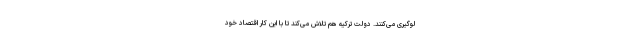
لوگیری می‌کنند. دولت ترکیه هم تلاش می‌کند تا با این کار اقتصاد خود